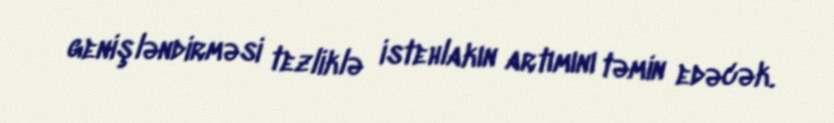
genişləndirməsi tezliklə istehlakın artımını təmin edəcək.